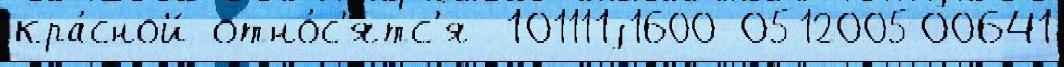
кра́сной отно́с'ятс'я  101111j1600-051200500641